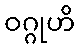
ဝဂ္ဂုဟိ